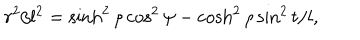
LaTeX: r ^ { 2 } / l ^ { 2 } = \sinh ^ { 2 } \rho \cos ^ { 2 } \psi - \cosh ^ { 2 } \rho \sin ^ { 2 } t / l ,